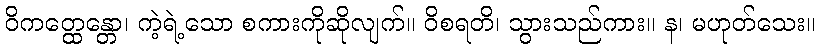
ဝိကတ္ထေန္တော၊ ကဲ့ရဲ့သော စကားကိုဆိုလျက်။ ဝိစရတိ၊ သွားသည်ကား။ န၊ မဟုတ်သေး။